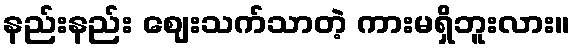
နည်းနည်း ဈေးသက်သာတဲ့ ကားမရှိဘူးလား။